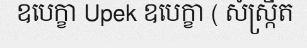
ឧបេក្ខា Upek ឧបេក្ខា ( សំស្ក្រឹត